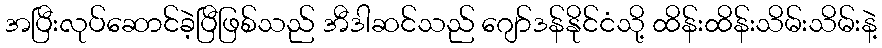
အပြီးလုပ်ဆောင်ခဲ့ပြီဖြစ်သည် အီဒါဆင်သည် ဂျော်ဒန်နိုင်ငံသို့ ထိန်းထိန်းသိမ်းသိမ်းနဲ့